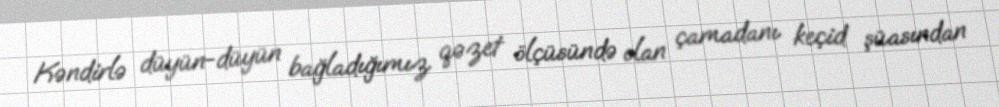
Kəndirlə düyün-düyün bağladığımız qəzet ölçüsündə olan çamadanı keçid şüasından